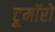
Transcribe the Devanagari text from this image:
टूमॉरो